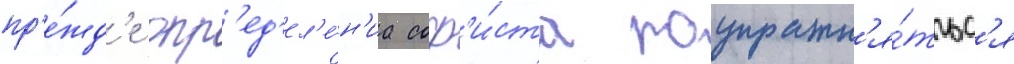
пр'е́жд'е опр'ед'ел'е́н'иа соф'и́ста поупражн'я́тьс'я